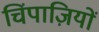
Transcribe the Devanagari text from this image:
चिंपाज़ियों